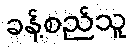
ခန့်စည်သူ